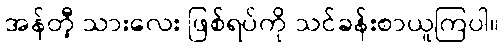
အန်တီ့ သားလေး ဖြစ်ရပ်ကို သင်ခန်းစာယူကြပါ။